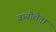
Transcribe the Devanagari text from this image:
वायोलेता